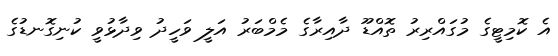
އެ ކޮމިޓީގެ މުގައްރިރު ތޮއްޑޫ ދާއިރާގެ މެމްބަރު އަލީ ވަހީދު ވިދާޅުވީ ކުނިގޮނޑުގެ